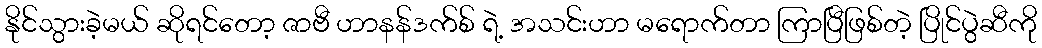
နိုင်သွားခဲ့မယ် ဆိုရင်တော့ ဇာဗီ ဟာနန်ဒက်စ် ရဲ့ အသင်းဟာ မရောက်တာ ကြာပြီဖြစ်တဲ့ ပြိုင်ပွဲဆီကို